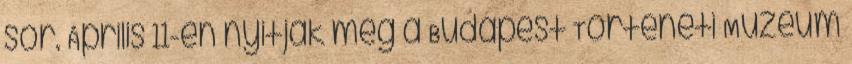
sor. Április 11-én nyitják meg a Budapest Történeti Múzeum